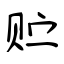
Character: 贮